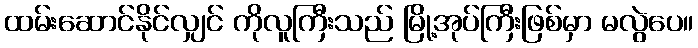
ထမ်းဆောင်နိုင်လျှင် ကိုလူကြီးသည် မြို့အုပ်ကြီးဖြစ်မှာ မလွဲပေ။